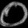
Digit: ၀